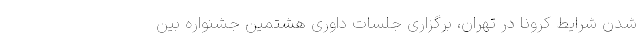
شدن شرایط کرونا در تهران، برگزاری جلسات داوری هشتمین جشنواره بین‌